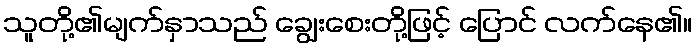
သူတို့၏မျက်နှာသည် ချွေးစေးတို့ဖြင့် ပြောင် လက်နေ၏။